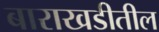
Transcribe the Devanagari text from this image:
बाराखडीतील